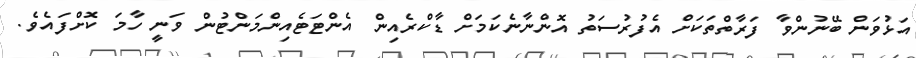
އަޅުވަން ބޭނުންވާ ފަރާތްތަކަށް އެފުރުސަތު އޮންނާނެކަމަށް ޑާކްރެއިން އެންޓަޓެއިންމަންޓުން ވަނީ ހާމަ ކޮށްފައެވެ.